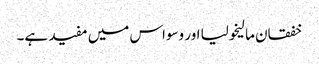
خفقان مالیخولیا اور وسواس میں مفید ہے۔